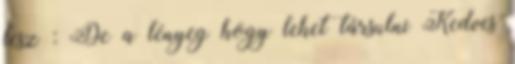
lesz : De a lényeg hogy lehet társulni Kedves